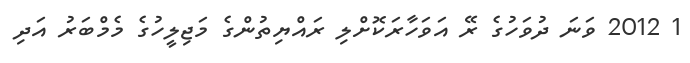
1 2012 ވަނަ ދުވަހުގެ ރޭ އަވަހާރަކޮށްލި ރައްޔިތުންގެ މަޖިލީހުގެ މެމްބަރު އަދި